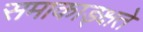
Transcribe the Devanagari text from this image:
समाकाङ्क्षते